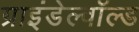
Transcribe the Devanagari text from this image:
ग्राइंडेल्वॉल्ड